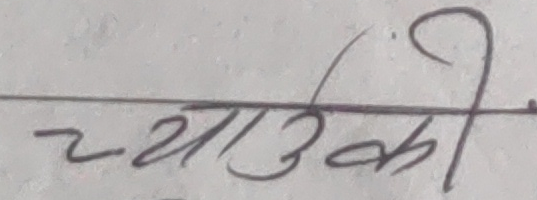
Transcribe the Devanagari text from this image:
च्याउकी